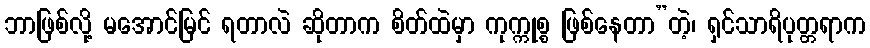
ဘာဖြစ်လို့ မအောင်မြင် ရတာလဲ ဆိုတာက စိတ်ထဲမှာ ကုက္ကုစ္စ ဖြစ်နေတာ”တဲ့၊ ရှင်သာရိပုတ္တရာက